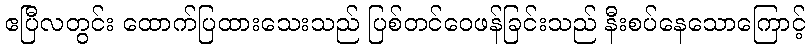
ဧပြီလတွင်း ထောက်ပြထားသေးသည် ပြစ်တင်ဝေဖန်ခြင်းသည် နီးစပ်နေသောကြောင့်